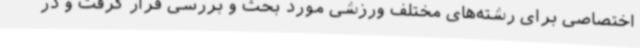
اختصاصی برای رشته‌های مختلف ورزشی مورد بحث و بررسی قرار گرفت و در